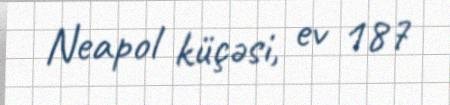
Neapol küçəsi, ev 187